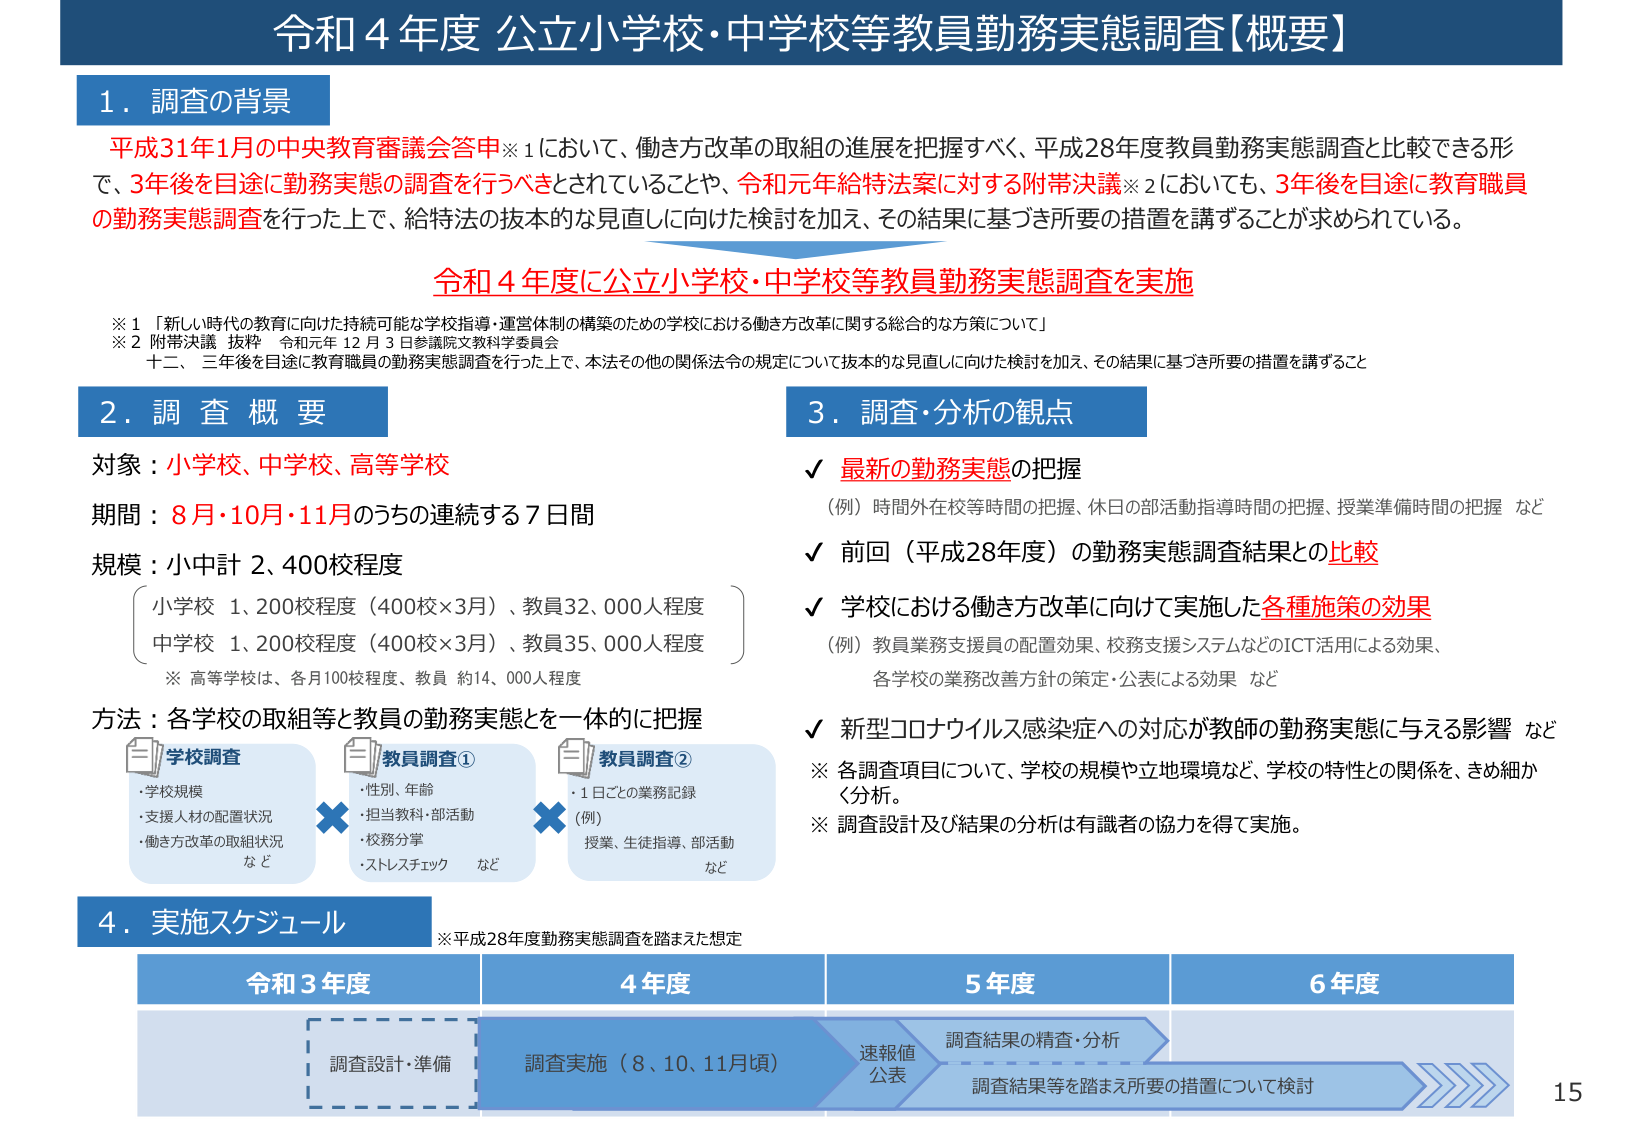
令和４年度 公立小学校・中学校等教員勤務実態調査【概要】

１．調査の背景
平成31年1月の中央教育審議会答申※1において、働き方改革の取組の進展を把握すべく、平成28年度教員勤務実態調査と比較できる形で、3年後を目途に勤務実態の調査を行うべきとされていることや、令和元年給特法案に対する附帯決議※2においても、3年後を目途に教育職員の勤務実態調査を行った上で、給特法の抜本的な見直しに向けた検討を加え、その結果に基づき所要の措置を講ずることが求められている。

令和４年度に公立小学校・中学校等教員勤務実態調査を実施

※1 「新しい時代の教育に向けた持続可能な学校指導・運営体制の構築のための学校における働き方改革に関する総合的な方策について」
※2 附帯決議 抜粋 令和元年12月3日参議院文教科学委員会
十二、 三年後を目途に教育職員の勤務実態調査を行った上で、本法その他の関係法令の規定について抜本的な見直しに向けた検討を加え、その結果に基づき所要の措置を講ずること

２．調査概要
対象：小学校、中学校、高等学校
期間：8月・10月・11月のうちの連続する7日間
規模：小中計 2,400校程度
　　（小学校 1,200校程度（400校×3月）、教員32,000人程度）
　　（中学校 1,200校程度（400校×3月）、教員35,000人程度）
　　※高等学校は、各月100校程度、教員 約14,000人程度
方法：各学校の取組等と教員の勤務実態を一体的に把握

　　学校調査
　　・学校規模
　　・支援人材の配置状況
　　・働き方改革の取組状況
　　など

　　教員調査①
　　・性別、年齢
　　・担当教科・部活動
　　・校務分掌
　　・ストレスチェック など

　　教員調査②
　　・1日ごとの業務記録
　　（例）授業、生徒指導、部活動 など

３．調査・分析の観点
✓ 最新の勤務実態の把握
　　（例）時間外在校等時間の把握、休日の部活動指導時間の把握、授業準備時間の把握 など
✓ 前回（平成28年度）の勤務実態調査結果との比較
✓ 学校における働き方改革に向けて実施した各種施策の効果
　　（例）教員業務支援員の配置効果、校務支援システムなどのICT活用による効果、
　　　各学校の業務改善方針の策定・公表による効果 など
✓ 新型コロナウイルス感染症への対応が教師の勤務実態に与える影響 など
※ 各調査項目について、学校の規模や立地環境など、学校の特性との関係を、きめ細かく分析。
※ 調査設計及び結果の分析は有識者の協力を得て実施。

４．実施スケジュール
※平成28年度勤務実態調査を踏まえた想定

令和3年度　　　　　　4年度　　　　　　5年度　　　　　　6年度